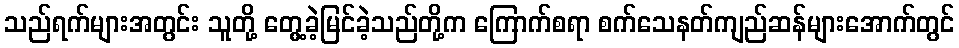
သည်ရက်များအတွင်း သူတို့ တွေ့ခဲ့မြင်ခဲ့သည်တို့က ကြောက်စရာ စက်သေနတ်ကျည်ဆန်များအောက်တွင်